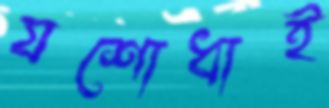
যশোধাই